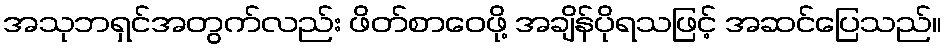
အသုဘရှင်အတွက်လည်း ဖိတ်စာဝေဖို့ အချိန်ပိုရသဖြင့် အဆင်ပြေသည်။